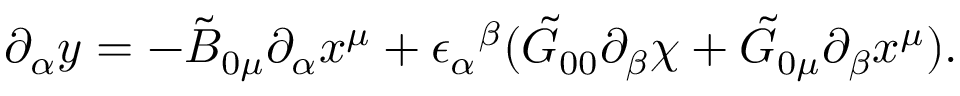
\partial _ { \alpha } y = - \tilde { B } _ { 0 \mu } \partial _ { \alpha } x ^ { \mu } + { \epsilon _ { \alpha } } ^ { \beta } ( \tilde { G } _ { 0 0 } \partial _ { \beta } \chi + \tilde { G } _ { 0 \mu } \partial _ { \beta } x ^ { \mu } ) .